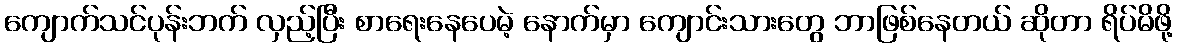
ကျောက်သင်ပုန်းဘက် လှည့်ပြီး စာရေးနေပေမဲ့ နောက်မှာ ကျောင်းသားတွေ ဘာဖြစ်နေတယ် ဆိုတာ ရိပ်မိဖို့